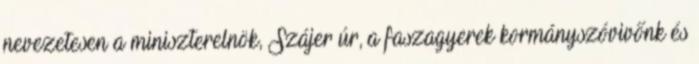
nevezetesen a miniszterelnök, Szájer úr, a faszagyerek kormányszóvivőnk és